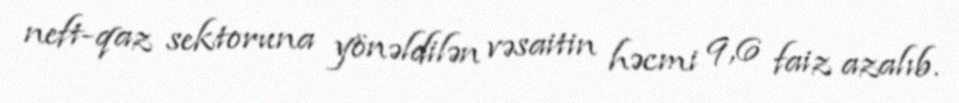
neft-qaz sektoruna yönəldilən vəsaitin həcmi 9,6 faiz azalıb.